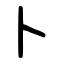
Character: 卜